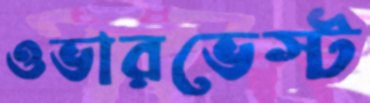
ওভারভেস্ট